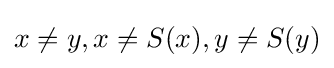
x\neq y,x\neq S(x),y\neq S(y)